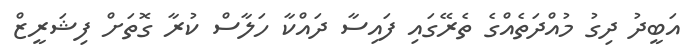
އަބީދު ދިގު މުއްދަތެއްގެ ތެރޭގައި ފައިސާ ދައްކާ ހަލާސް ކުރާ ގޮތަށް ފިޝަރީޒް